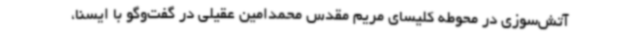
آتش‌سوزی در محوطه کلیسای مریم مقدس محمدامین عقیلی در گفت‌وگو با ایسنا،